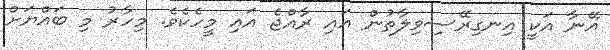
އޭނާ އަކީ އިނގިރޭސިވިލާތުން އައި ރާއްޖެ އައި މީހެކެވެ. މިހާރު މި ބައްޔަށް